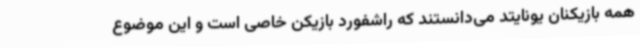
همه بازیکنان یونایتد می‌دانستند که راشفورد بازیکن خاصی است و این موضوع